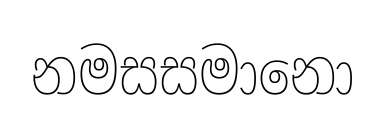
නමසසමානො